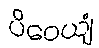
ပိဝေယျံ